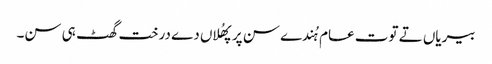
بیریاں تے توت عام ہُندے سن پر پھُلاں دے درخت گھٹ ہی سن۔